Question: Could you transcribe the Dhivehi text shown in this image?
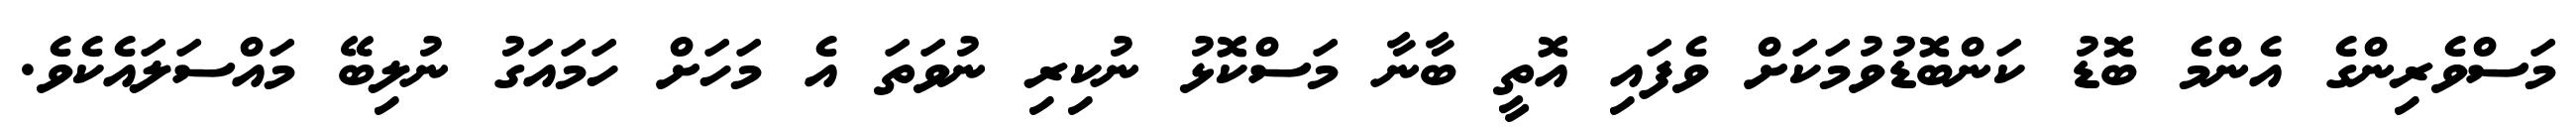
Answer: މަސްވެރިންގެ އެންމެ ބޮޑު ކަންބޮޑުވުމަކަށް ވެފައި އޮތީ ބާނާ މަސްކޮޅު ނުކިރި ނުވަތަ އެ މަހަށް ހަމައަގު ނުލިބޭ މައްސަލައެކެވެ.